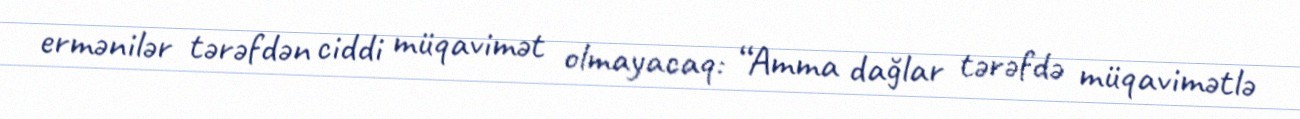
ermənilər tərəfdən ciddi müqavimət olmayacaq: “Amma dağlar tərəfdə müqavimətlə